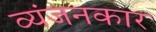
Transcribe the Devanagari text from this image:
व्यंजनकार